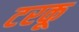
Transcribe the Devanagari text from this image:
टरकू